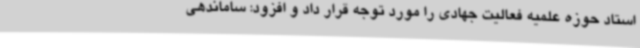
استاد حوزه علمیه فعالیت جهادی را مورد توجه قرار داد و افزود: ساماندهی